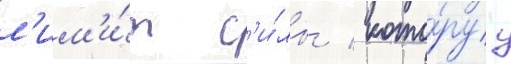
л'им'и́т с'и́лы / кото́руу